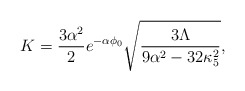
\begin{align*}K={{3\alpha^2}\over 2}e^{-\alpha\phi_0}\sqrt{{3\Lambda}\over{9\alpha^2-32\kappa^2_5}},\end{align*}